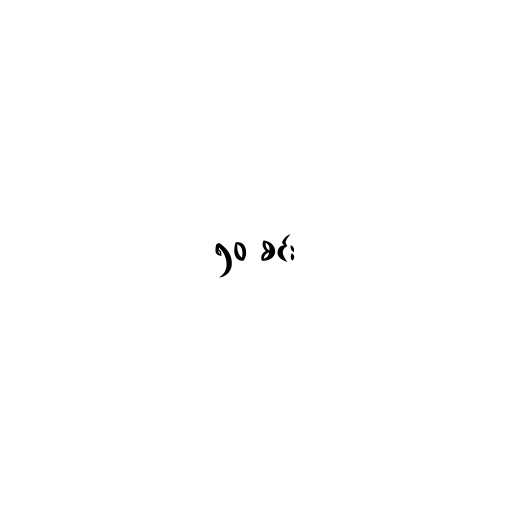
၅၀ စင်း